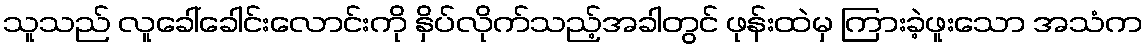
သူသည် လူခေါ်ခေါင်းလောင်းကို နှိပ်လိုက်သည့်အခါတွင် ဖုန်းထဲမှ ကြားခဲ့ဖူးသော အသံက